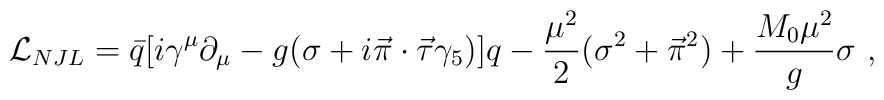
{\cal L}_{NJL} = \bar{q} [i\gamma^{\mu} \partial_{\mu} -              g(\sigma + i\vec{\pi} \cdot              \vec{\tau} \gamma_{5})]q -              {\mu^2 \over 2} (\sigma^2 + \vec{\pi}^2)              + {M_{0}\mu^2 \over g} \sigma \,\,,